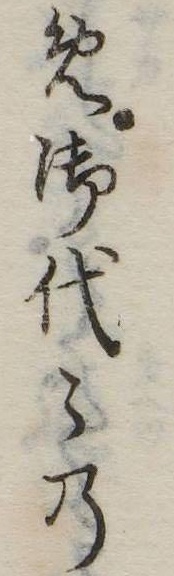
め御代の